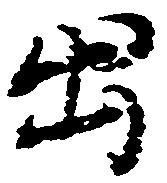
出